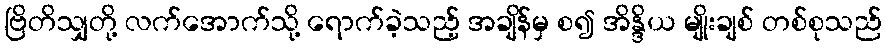
ဗြိတိသျှတို့ လက်အောက်သို့ ရောက်ခဲ့သည့် အချိန်မှ စ၍ အိန္ဒိယ မျိုးချစ် တစ်စုသည်